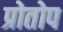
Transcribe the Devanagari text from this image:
प्रोतोप